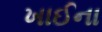
ખાઈના